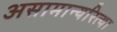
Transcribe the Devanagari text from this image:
असामान्यरित्या